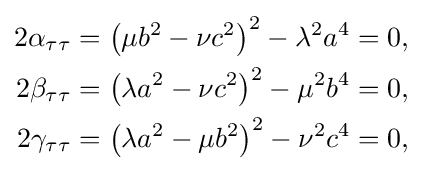
{\begin{aligned}2\alpha _{\tau \tau }&=\left(\mu b^{2}-\nu c^{2}\right)^{2}-\lambda ^{2}a^{4}=0,\\2\beta _{\tau \tau }&=\left(\lambda a^{2}-\nu c^{2}\right)^{2}-\mu ^{2}b^{4}=0,\\2\gamma _{\tau \tau }&=\left(\lambda a^{2}-\mu b^{2}\right)^{2}-\nu ^{2}c^{4}=0,\\\end{aligned}}